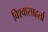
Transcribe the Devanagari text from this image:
विश्वासाहर्ता